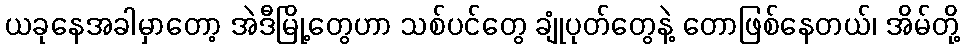
ယခုနေအခါမှာတော့ အဲဒီမြို့တွေဟာ သစ်ပင်တွေ ချုံပုတ်တွေနဲ့ တောဖြစ်နေတယ်၊ အိမ်တို့